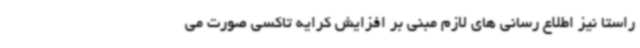
راستا نیز اطلاع رسانی های لازم مبنی بر افزایش کرایه تاکسی صورت می